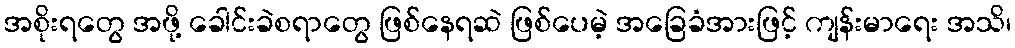
အစိုးရတွေ အဖို့ ခေါင်းခဲစရာတွေ ဖြစ်နေရဆဲ ဖြစ်ပေမဲ့ အခြေခံအားဖြင့် ကျန်းမာရေး အသိ၊